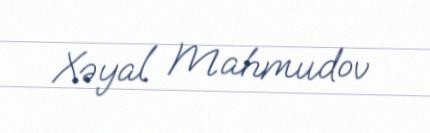
Xəyal Mahmudov